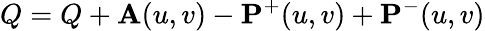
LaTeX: Q=Q+\mathbf{A}(u,v)-\mathbf{P}^{+}(u,v)+\mathbf{P}^{-}(u,v)